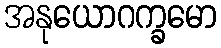
အနုယောဂက္ခမော